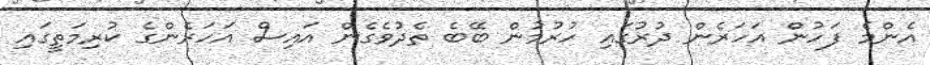
އެންމެ ފަހުން އަހަރެން ދުރުގައި ހުރުމުން ބޭބެ ތެދުވެގެން އައިސް އަހަރެންގެ ކުރިމަތީގައި